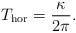
LaTeX: \begin{align*}T_{\rm hor}=\frac{\kappa}{2\pi}.\end{align*}